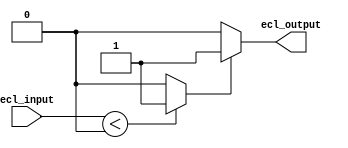
module ECL_buffer (
    input wire ecl_input,
    output wire ecl_output
);

// Input stage with ECL logic levels
reg input_stage;
always @* begin
    if (ecl_input < 0) begin
        input_stage = 1'b1;
    end else begin
        input_stage = 1'b0;
    end
end

// Input impedance matching for noise reduction
// This could be implemented using appropriate circuitry in the design

// High-speed output stage with ECL-compatible levels
reg output_stage;
always @* begin
    if (input_stage == 1'b1) begin
        ecl_output = 1'b1;
    end else begin
        ecl_output = 1'b0;
    end
end

// Signal conditioning and fan-out capabilities
// This could be implemented using additional circuitry in the design

endmodule